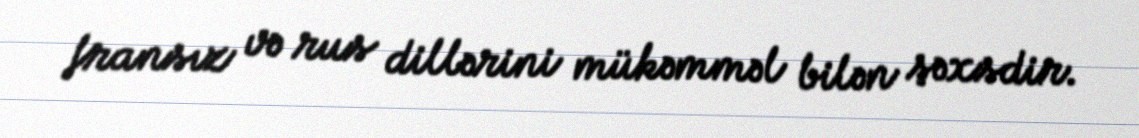
fransız və rus dillərini mükəmməl bilən şəxsdir.